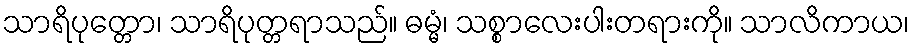
သာရိပုတ္တော၊ သာရိပုတ္တရာသည်။ ဓမ္မံ၊ သစ္စာလေးပါးတရားကို။ သာလိကာယ၊